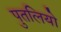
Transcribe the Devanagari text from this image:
पुतलियो